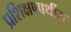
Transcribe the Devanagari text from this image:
प्रशिक्षणार्थीस